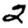
Digit: 2